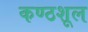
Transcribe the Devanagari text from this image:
कण्ठशूल